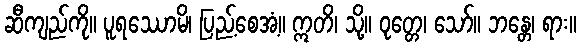
ဆီကျည်ကို။ ပူရဿောမိ၊ ပြည့်စေအံ့။ ဣတိ၊ သို့။ ဝုတ္တေ၊ သော်။ ဘန္တေ၊ ရား။